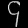
Digit: ၄